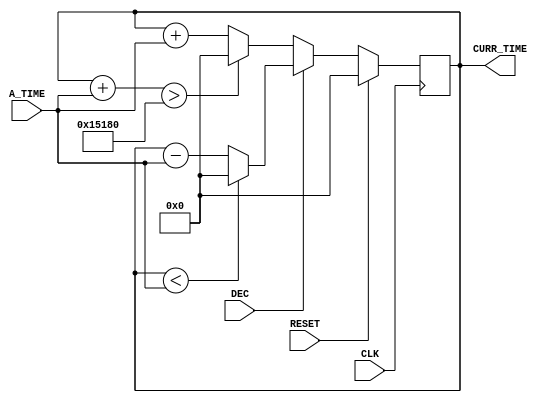
module time_handler (A_TIME, DEC, CLK, RESET, CURR_TIME);

    parameter start_time = 0;
    parameter time_buff_size = 18;    
    parameter max_time = 24 * 3600;

    input DEC;
    input [time_buff_size - 1:0] A_TIME;
    input CLK;
    input RESET;

    output [time_buff_size - 1:0] CURR_TIME;
    reg [time_buff_size - 1:0] CURR_TIME;

    always @(posedge CLK)
        begin
            if (RESET)
                CURR_TIME = start_time;
            else if (!DEC)
                CURR_TIME = add_time(CURR_TIME, A_TIME);
            else if (DEC)
                CURR_TIME = dec_time(CURR_TIME, A_TIME);
            else;            
        end

     function [time_buff_size - 1:0] add_time;
         input [time_buff_size - 1:0] C_TIME;
	 input [time_buff_size - 1:0] ADD_VALUE;
         begin 
             if (C_TIME + ADD_VALUE > max_time)
                 add_time = 0;
	     else
                 add_time =  C_TIME + ADD_VALUE;
         end
     endfunction

    function [time_buff_size - 1:0] dec_time;
        input [time_buff_size - 1:0] C_TIME;
	input [time_buff_size - 1:0] DEC_VALUE;
        begin 
            if (C_TIME < DEC_VALUE)
                dec_time = 0;
	    else
                dec_time =  C_TIME - DEC_VALUE;
        end
    endfunction
         
endmodule